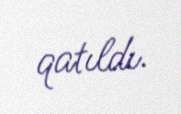
qatıldı.